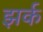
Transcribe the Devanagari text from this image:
झर्क